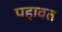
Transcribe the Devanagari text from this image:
पहावत